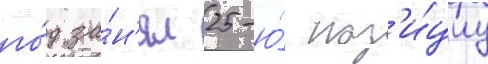
го́д за́н'ял 25-ю́ поз'и́циу